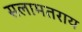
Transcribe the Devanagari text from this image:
सलामतराय